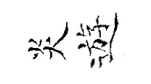
炎遊